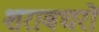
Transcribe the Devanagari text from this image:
शराबघरों